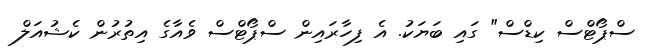
ސްޕޯޓްސް ކިޑްސް" ގައި ބަޔަކު. އެ ފިހާރައިން ސްޕޯޓްސް ވެއާގެ އިތުރުން ކެޝުއަލް